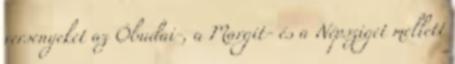
versenyeket az Óbudai-, a Margit- és a Népsziget mellett